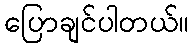
ပြောချင်ပါတယ်။